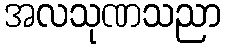
အလသုဏသညာ